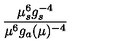
{ \frac { \mu _ { s } ^ { 6 } g _ { s } ^ { - 4 } } { \mu ^ { 6 } g _ { a } ( \mu ) ^ { - 4 } } }